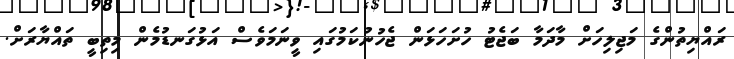
ރައްޔިތުންގެ މަޖިލިހަށް މާދަމާ ބަޖެޓު ހުށަހަޅަން ޖެހުނުކަމުގައި ވީނަމަވެސް އަޅުގަނޑުމެން މިތިބީ ތައްޔާރަށް.